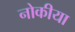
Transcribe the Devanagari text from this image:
नोकीया